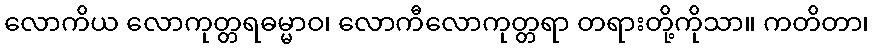
လောကိယ လောကုတ္တရဓမ္မာဝ၊ လောကီလောကုတ္တရာ တရားတို့ကိုသာ။ ကတိတာ၊